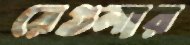
রেগুলার